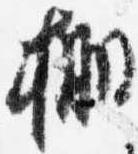
棚